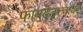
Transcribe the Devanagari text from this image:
फायदेतत्त्वावर